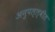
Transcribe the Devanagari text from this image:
अनुपल्ल्वीत